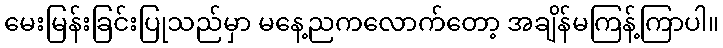
မေးမြန်းခြင်းပြုသည်မှာ မနေ့ညကလောက်တော့ အချိန်မကြန့်ကြာပါ။